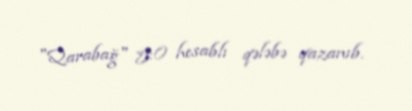
"Qarabağ" 5:0 hesablı qələbə qazanıb.